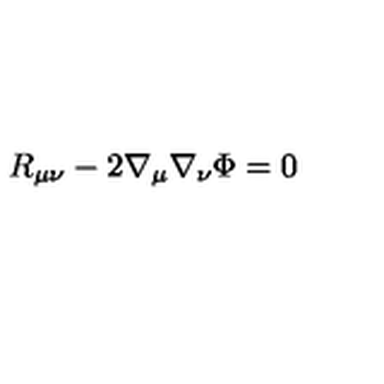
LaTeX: R _ { \mu \nu } - 2 \nabla _ { \mu } \nabla _ { \nu } \Phi = 0